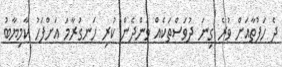
ދެ ހަފުތާއަށް ވުރެ ގިނަ ދުވަސްތަކެއް ވަންދެން ކުރި ހަނގުރާމަ އަށްފަހު ކާމިޔާބު